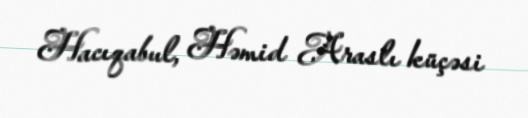
Hacıqabul, Həmid Araslı küçəsi